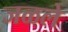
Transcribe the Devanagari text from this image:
जळले